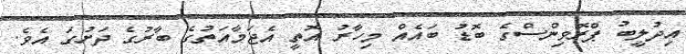
އިދުލީބު ޕްރޮވިންސްގެ ބޮޑު ބައެއް މިހާރު އޮތީ އެޖަމާއަތުގެ ބާރުގެ ދަށުގަ އެވެ.